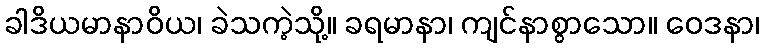
ခါဒိယမာနာဝိယ၊ ခဲသကဲ့သို့။ ခရမာနာ၊ ကျင်နာစွာသော။ ဝေဒနာ၊